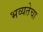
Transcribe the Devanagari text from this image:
भव्यतेचा